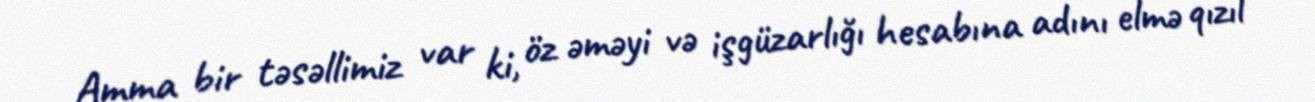
Amma bir təsəllimiz var ki, öz əməyi və işgüzarlığı hesabına adını elmə qızıl